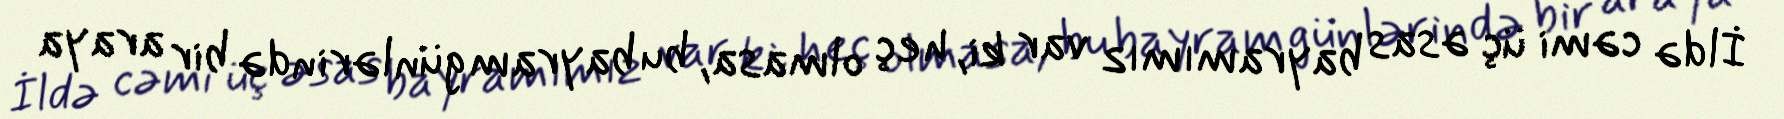
İldə cəmi üç əsas bayramımız var ki, heç olmasa, bu bayram günlərində bir araya